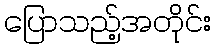
ပြောသည့်အတိုင်း